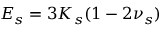
E _ { s } = 3 K _ { s } ( 1 - 2 \nu _ { s } )